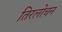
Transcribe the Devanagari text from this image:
तिरलोचन